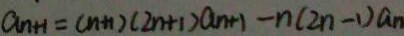
a _ { n + 1 } = ( n + 1 ) ( 2 n + 1 ) a _ { n + 1 } - n ( 2 n - 1 ) a _ { n }